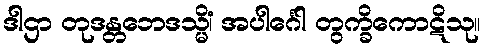
ဒါဌာ တုဒန္တဘေဒသ္မိံ၊ အပါင်္ဂေါ တွက္ခိကောဋိသု။